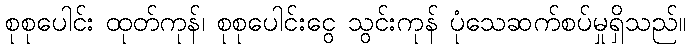
စုစုပေါင်း ထုတ်ကုန်၊ စုစုပေါင်းငွေ သွင်းကုန် ပုံသေဆက်စပ်မှုရှိသည်။